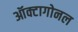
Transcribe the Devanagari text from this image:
ऑक्टागोनल